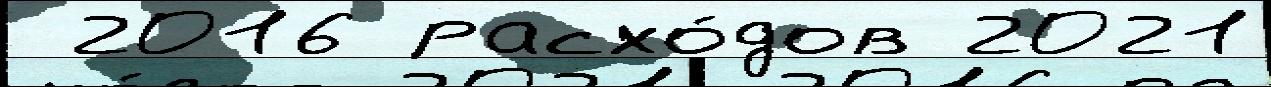
 2016 расхо́дов 2021